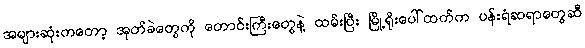
အများဆုံးကတော့ အုတ်ခဲတွေကို တောင်းကြီးတွေနဲ့ ထမ်းပြီး မြို့ရိုးပေါ်ထက်က ပန်းရံဆရာတွေဆီ